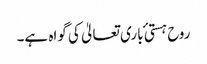
روح ہستی ٔ باری تعالیٰ کی گواہ ہے۔